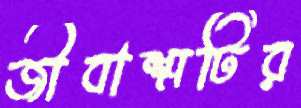
জীবাশ্মটির